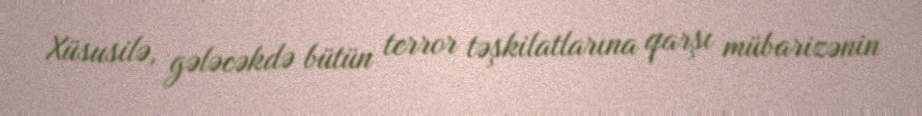
Xüsusilə, gələcəkdə bütün terror təşkilatlarına qarşı mübarizənin